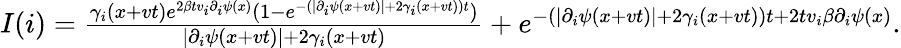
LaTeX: \begin{array}{r}{I(i)=\frac{\gamma_{i}(x+vt)e^{2\beta tv_{i}\partial_{i}\psi(x)}(1-e^{-(\lvert\partial_{i}\psi(x+vt)\rvert+2\gamma_{i}(x+vt))t})}{\lvert\partial_{i}\psi(x+vt)\rvert+2\gamma_{i}(x+vt)}+e^{-(\lvert\partial_{i}\psi(x+vt)\rvert+2\gamma_{i}(x+vt))t+2tv_{i}\beta\partial_{i}\psi(x)}.}\end{array}